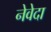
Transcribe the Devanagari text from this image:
नेवेदा